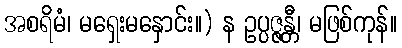
အစရိမံ၊ မရှေးမနှောင်း။) န ဥပ္ပဇ္ဇန္တီ၊ မဖြစ်ကုန်။